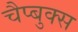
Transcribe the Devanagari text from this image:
चैप्बुक्स